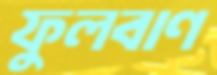
ফুলবাণ